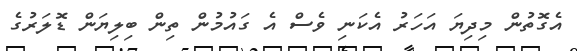
އެގޮތުން މިދިޔަ އަހަރު އެކަނި ވެސް އެ ގައުމުން ތިން ބިލިޔަން ޑޮލަރުގެ